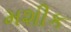
મશીક